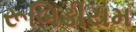
રૂબિડીયમ